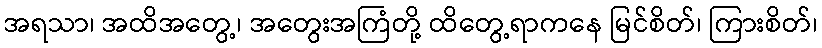
အရသာ၊ အထိအတွေ့၊ အတွေးအကြံတို့ ထိတွေ့ရာကနေ မြင်စိတ်၊ ကြားစိတ်၊